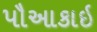
પૌઆકાઇ